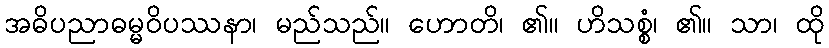
အဓိပညာဓမ္မဝိပဿနာ၊ မည်သည်။ ဟောတိ၊ ၏။ ဟိသစ္စံ၊ ၏။ သာ၊ ထို